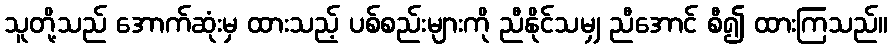
သူတို့သည် အောက်ဆုံးမှ ထားသည့် ပစ်စည်းများကို ညီနိုင်သမျှ ညီအောင် စီ၍ ထားကြသည်။